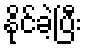
နိုင်ခဲ့ပြီး